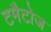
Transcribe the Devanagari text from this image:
टमैटोज